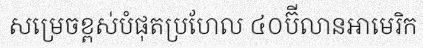
សម្រេចខ្ពស់បំផុតប្រហែល ៤០ប៊ីលានអាមេរិក